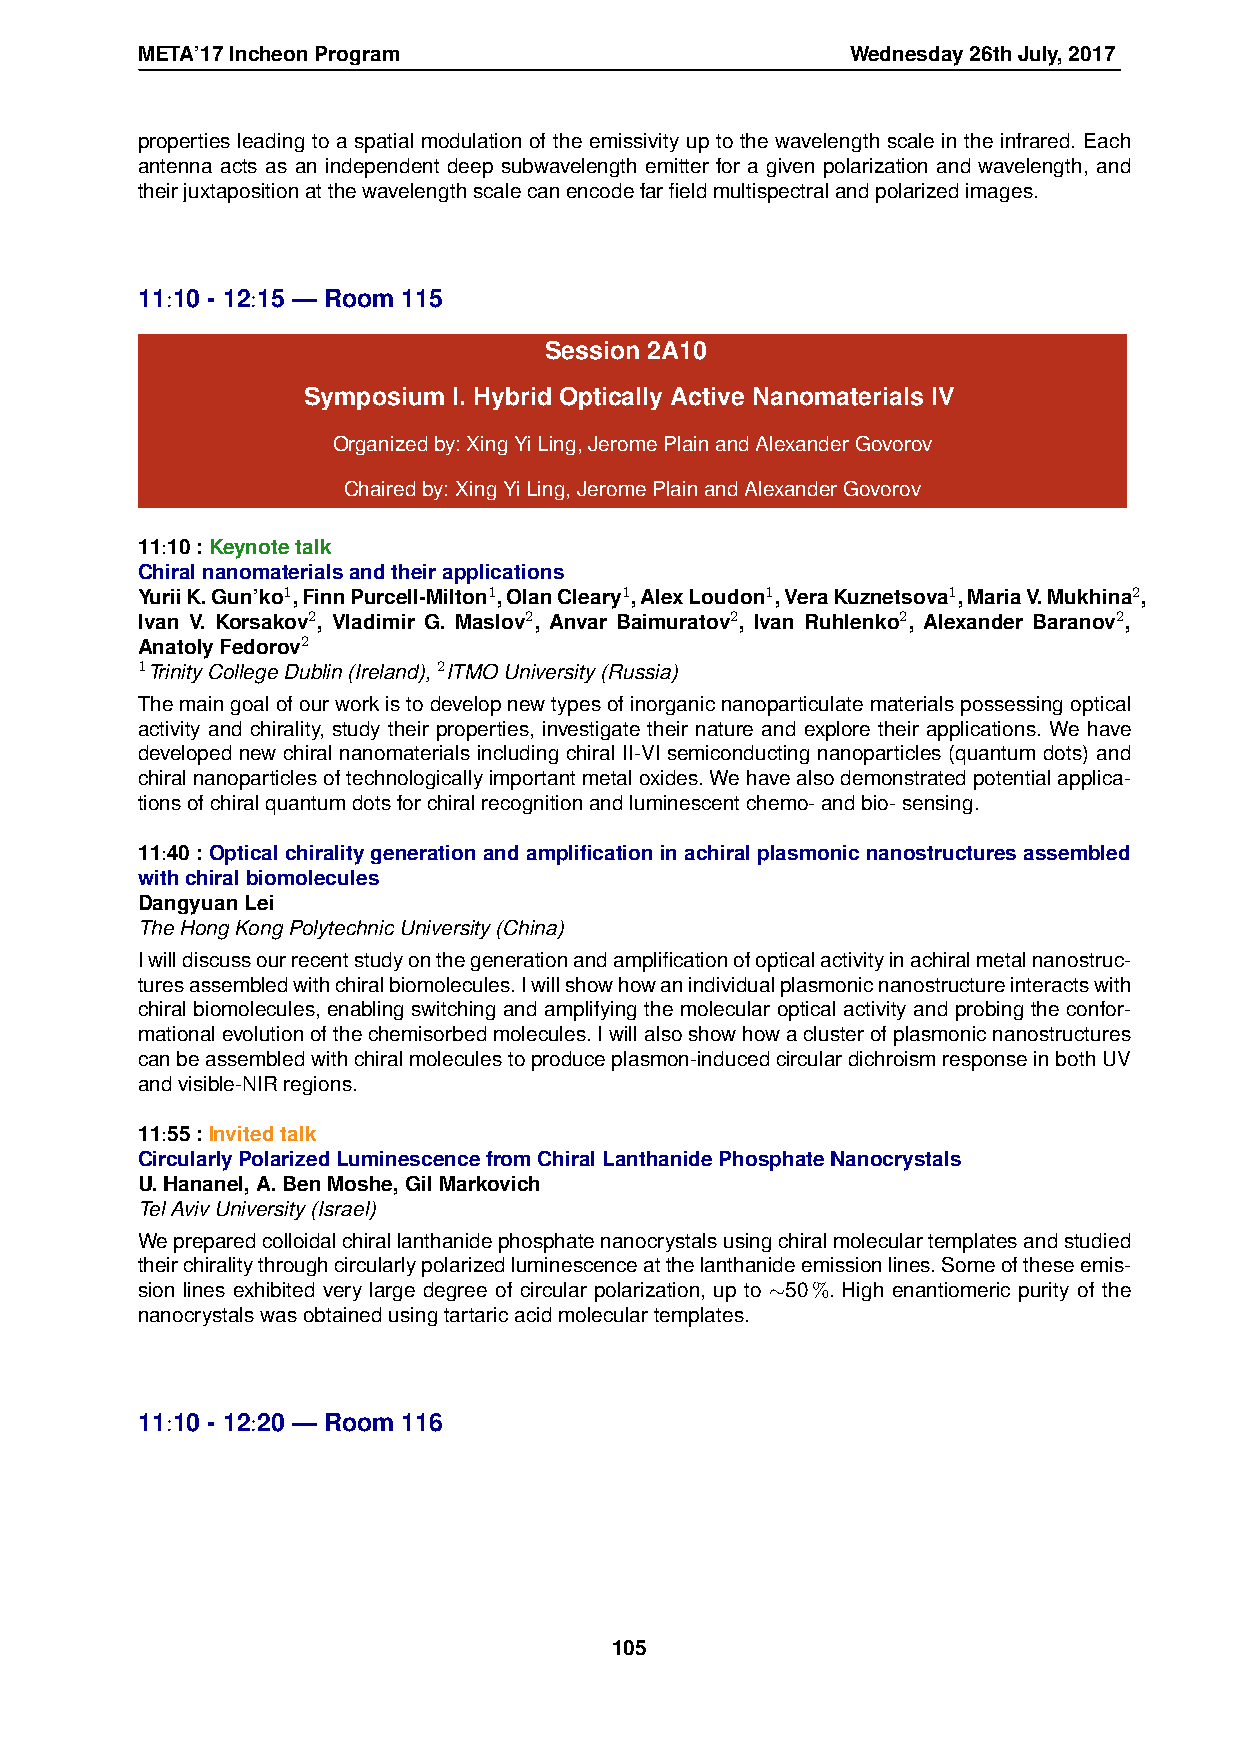
META’17IncheonProgram                          Wednesday26thJuly,2017
 properties leading to a spatial modulation of the emissivity up to the wavelength scale in the infrared. Each
 antenna acts as an independent deep subwavelength emitter for a given polarization and wavelength, and
 theirjuxtapositionatthewavelengthscalecanencodefarfieldmultispectralandpolarizedimages.
 11:10 - 12:15 — Room 115
 Session 2A10
 Symposium I. Hybrid Optically Active Nanomaterials IV
 Organizedby:XingYiLing,JeromePlainandAlexanderGovorov
 Chairedby:XingYiLing,JeromePlainandAlexanderGovorov
 11:10:Keynotetalk
 Chiralnanomaterialsandtheirapplications
 YuriiK.Gun’ko1,FinnPurcell-Milton1,OlanCleary1,AlexLoudon1,VeraKuznetsova1,MariaV.Mukhina2,
 Ivan V. Korsakov2, Vladimir G. Maslov2, Anvar Baimuratov2, Ivan Ruhlenko2, Alexander Baranov2,
 AnatolyFedorov2
 1TrinityCollegeDublin(Ireland),2ITMOUniversity(Russia)
 Themaingoalofourworkistodevelopnewtypesofinorganicnanoparticulatematerialspossessingoptical
 activity and chirality, study their properties, investigate their nature and explore their applications. We have
 developed new chiral nanomaterials including chiral II-VI semiconducting nanoparticles (quantum dots) and
 chiralnanoparticlesoftechnologicallyimportantmetaloxides.Wehavealsodemonstratedpotentialapplica-
 tionsofchiralquantumdotsforchiralrecognitionandluminescentchemo-andbio-sensing.
 11:40:Opticalchiralitygenerationandamplificationinachiralplasmonicnanostructuresassembled
 withchiralbiomolecules
 DangyuanLei
 TheHongKongPolytechnicUniversity(China)
 Iwilldiscussourrecentstudyonthegenerationandamplificationofopticalactivityinachiralmetalnanostruc-
 turesassembledwithchiralbiomolecules.Iwillshowhowanindividualplasmonicnanostructureinteractswith
 chiral biomolecules, enabling switching and amplifying the molecular optical activity and probing the confor-
 mationalevolutionofthechemisorbedmolecules.Iwillalsoshowhowaclusterofplasmonicnanostructures
 canbeassembledwithchiralmoleculestoproduceplasmon-inducedcirculardichroismresponseinbothUV
 andvisible-NIRregions.
 11:55:Invitedtalk
 CircularlyPolarizedLuminescencefromChiralLanthanidePhosphateNanocrystals
 U.Hananel,A.BenMoshe,GilMarkovich
 TelAvivUniversity(Israel)
 Wepreparedcolloidalchirallanthanidephosphatenanocrystalsusingchiralmoleculartemplatesandstudied
 theirchiralitythroughcircularlypolarizedluminescenceatthelanthanideemissionlines.Someoftheseemis-
 sion lines exhibited very large degree of circular polarization, up to ∼50%. High enantiomeric purity of the
 nanocrystalswasobtainedusingtartaricacidmoleculartemplates.
 11:10 - 12:20 — Room 116
 105